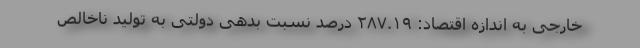
خارجی به اندازه اقتصاد: ۲۸۷.۱۹ درصد نسبت بدهی دولتی به تولید ناخالص